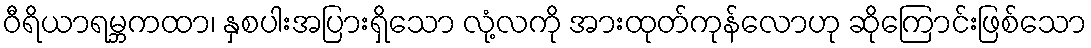
ဝီရိယာရမ္ဘကထာ၊ နှစပါးအပြားရှိသော လုံ့လကို အားထုတ်ကုန်လောဟု ဆိုကြောင်းဖြစ်သော